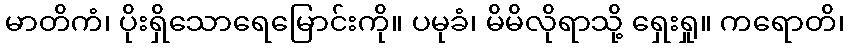
မာတိကံ၊ ပိုးရှိသောရေမြောင်းကို။ ပမုခံ၊ မိမိလိုရာသို့ ရှေးရှု။ ကရောတိ၊